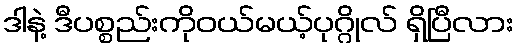
ဒါနဲ့ ဒီပစ္စည်းကိုဝယ်မယ့်ပုဂ္ဂိုလ် ရှိပြီလား